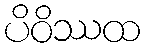
ပိဝိဿထ